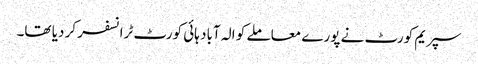
سپریم کورٹ نے پورے معاملے کو الہ آباد ہائی کورٹ ٹرانسفر کر دیا تھا۔